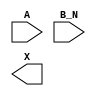
module sky130_fd_sc_lp__or2b (
    //# {{data|Data Signals}}
    input  A  ,
    input  B_N,
    output X
);

    // Voltage supply signals
    supply1 VPWR;
    supply0 VGND;
    supply1 VPB ;
    supply0 VNB ;

endmodule